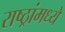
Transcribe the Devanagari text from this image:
राष्ठ्रांमध्ये